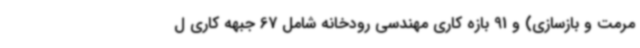
مرمت و بازسازی) و 91 بازه کاری مهندسی رودخانه شامل 67 جبهه کاری ل